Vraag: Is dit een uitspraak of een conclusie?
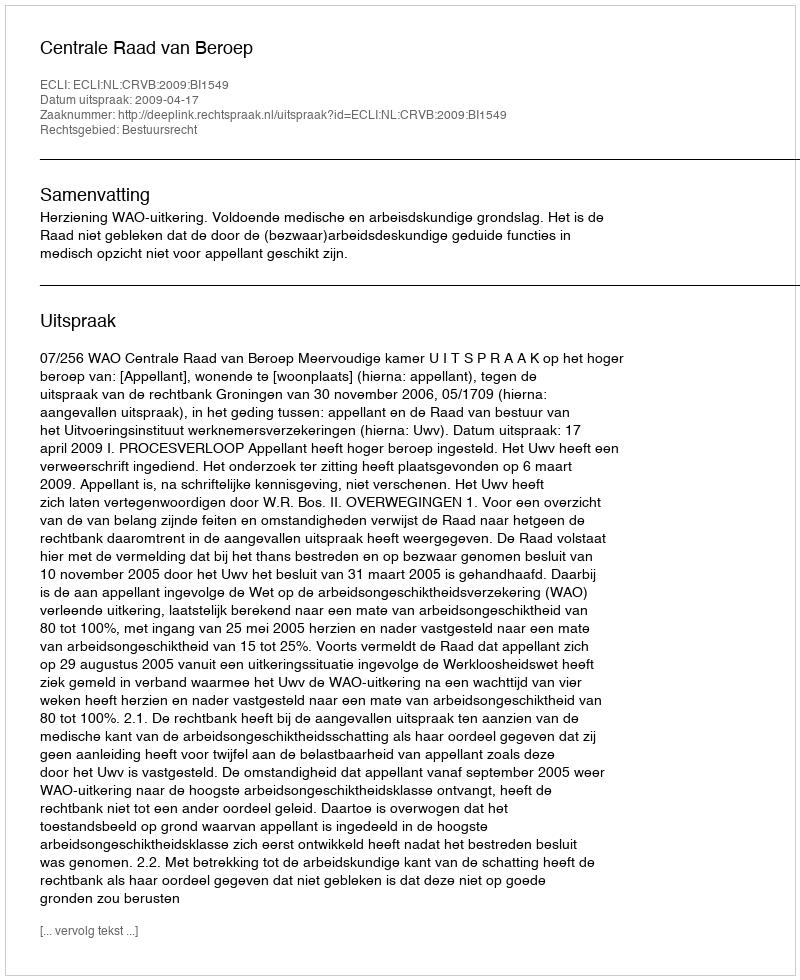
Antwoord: Uitspraak